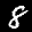
Label: 8